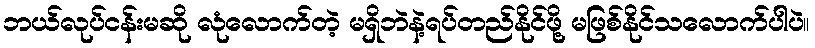
ဘယ်လုပ်ငန်းမဆို လုံလောက်တဲ့ မရှိဘဲနဲ့ရပ်တည်နိုင်ဖို့ မဖြစ်နိုင်သလောက်ပါပဲ။